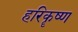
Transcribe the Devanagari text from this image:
हरिकॄष्ण